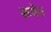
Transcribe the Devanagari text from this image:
रूपेन